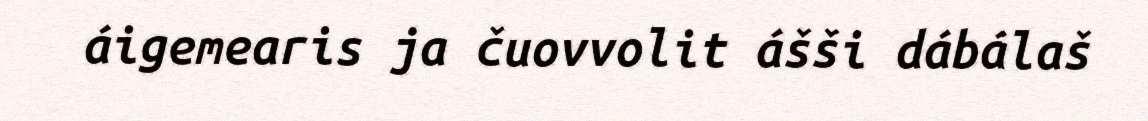
áigemearis ja čuovvolit ášši dábálaš